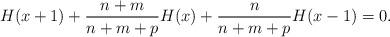
LaTeX: \begin{align*}H(x+1)+\frac{n+m}{n+m+p}H(x)+\frac{n}{n+m+p}H(x-1)=0.\end{align*}